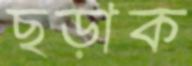
ছড়াক